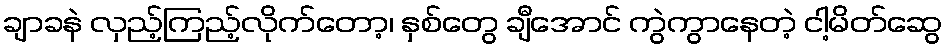
ချာခနဲ လှည့်ကြည့်လိုက်တော့၊ နှစ်တွေ ချီအောင် ကွဲကွာနေတဲ့ ငါ့မိတ်ဆွေ